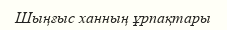
Шыңғыс ханның ұрпақтары